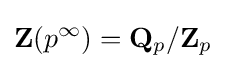
\mathbf {Z} (p^{\infty })=\mathbf {Q} _{p}/\mathbf {Z} _{p}